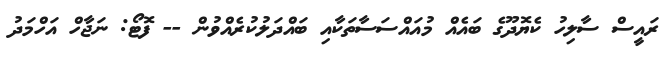
ރައީސް ސާލިހު ކެޔޮދޫގެ ބައެއް މުއައްސަސާތަކާއި ބައްދަލުކުރެއްވުން -- ފޮޓޯ: ނަޖާހް އަހްމަދު